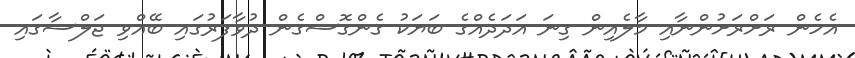
އެހެން ރަށްރަށުންނާއި މާލެއިން ގިނަ އަދަދެއްގެ ބަޔަކު ގެންގޮސްގެން ދުވާފަރުގައި ބޭއްވި ޖަލްސާގައި